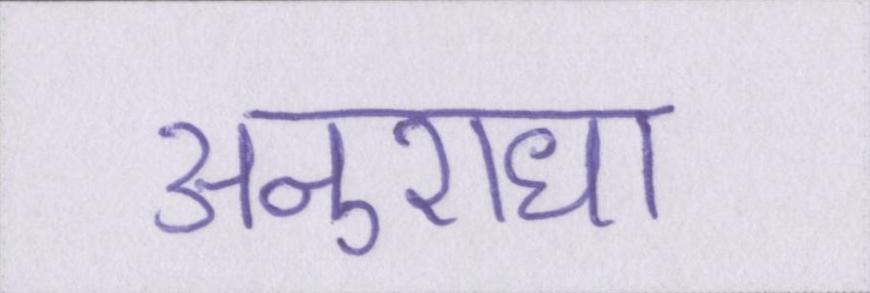
अनुराधा